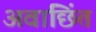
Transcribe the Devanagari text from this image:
अवाछिंत